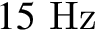
1 5 \ \mathrm { H z }